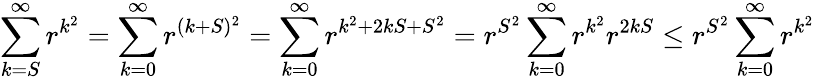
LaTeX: \sum_{k=S}^{\infty}r^{k^{2}}=\sum_{k=0}^{\infty}r^{(k+S)^{2}}=\sum_{k=0}^{\infty}r^{k^{2}+2kS+S^{2}}=r^{S^{2}}\sum_{k=0}^{\infty}r^{k^{2}}r^{2kS}\leq r^{S^{2}}\sum_{k=0}^{\infty}r^{k^{2}}